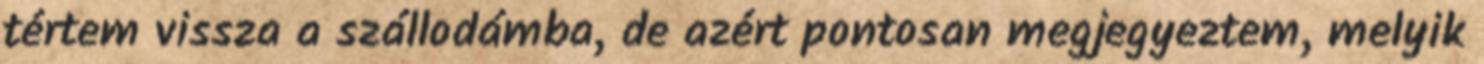
tértem vissza a szállodámba, de azért pontosan megjegyeztem, melyik